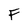
Character: F